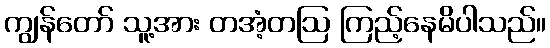
ကျွန်တော် သူ့အား တအံ့တဩ ကြည့်နေမိပါသည်။